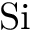
\mathrm { S i }